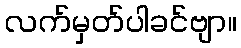
လက်မှတ်ပါခင်ဗျာ။